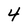
Character: 4